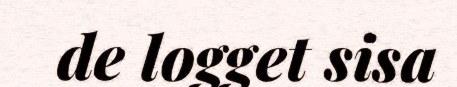
de logget sisa